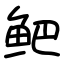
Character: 鲃